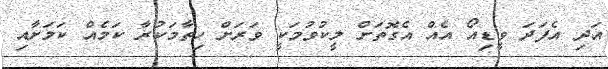
އަދި އެފަދަ ވީޑިއޯ އެއް އެގޮތަށް ލީކުވުމަކީ ވަރަށް ހިތާމަކުރާ ކަމެއް ކަމަށާއި